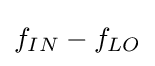
f_{IN}-f_{LO}